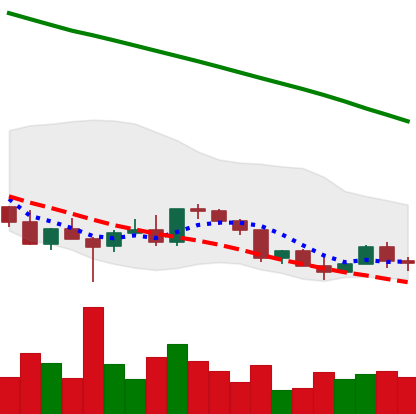
Ticker: EOS-USD
Chart end date: 2022-03-11
Forward return: 5.535%
Label: up_5_7